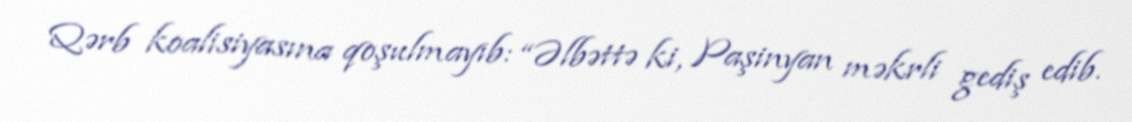
Qərb koalisiyasına qoşulmayıb: “Əlbəttə ki, Paşinyan məkrli gediş edib.